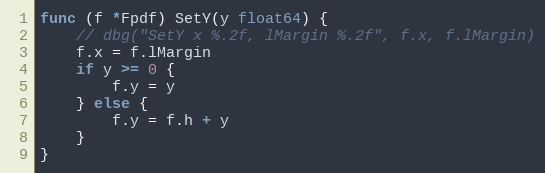
Language: Go
func (f *Fpdf) SetY(y float64) {
	// dbg("SetY x %.2f, lMargin %.2f", f.x, f.lMargin)
	f.x = f.lMargin
	if y >= 0 {
		f.y = y
	} else {
		f.y = f.h + y
	}
}